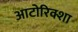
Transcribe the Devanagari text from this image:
आटोरिक्शा